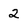
Character: 2